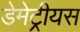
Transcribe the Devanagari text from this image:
डेमेट्रीयस